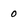
Character: o